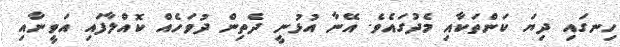
ހިނގައި ދިޔަ ކަންތަކާއި މެދުގައެވެ. އޭނާ އުޅުނީ ދެތިން ދުވަހެއް ކޮއްލާފައި އަވީނާއި